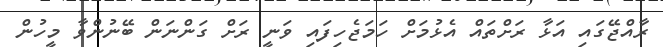
ރާއްޖޭގައި އަޅާ ރަށްތައް އެޅުމަށް ހަމަޖެހިފައި ވަނީ ރަށް ގަންނަން ބޭނުންވާ މީހުން